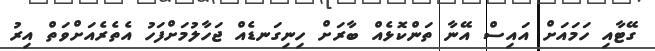
ގޭޓާއި ހަމައަށް އައިސް އޭނާ ތަންކޮޅެއް ބާރަށް ހިނިގަނޑެއް ޖަހާލުމަށްފަހު އެތެރެއަށްވަތް އިރު